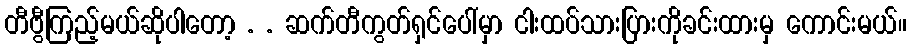
တီဗွီကြည့်မယ်ဆိုပါတော့ . . ဆက်တီကွတ်ရှင်ပေါ်မှာ ငါးထပ်သားပြားကိုခင်းထားမှ ကောင်းမယ်။